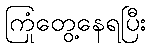
ကြုံတွေ့နေရပြီး